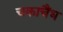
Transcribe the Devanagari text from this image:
चकाचैंध